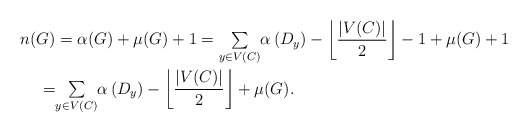
\begin{align*}n(G) & =\alpha(G)+\mu(G)+1={\textstyle\sum\limits_{y\in V(C)}^{{}}}\alpha\left( D_{y}\right) -\left\lfloor \frac{\left\vert V(C)\right\vert}{2}\right\rfloor -1+\mu(G)+1\\= &{\textstyle\sum\limits_{y\in V(C)}^{{}}}\alpha\left( D_{y}\right) -\left\lfloor \frac{\left\vert V(C)\right\vert}{2}\right\rfloor +\mu(G).\end{align*}